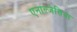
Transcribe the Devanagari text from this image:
एनाल्जेसिया